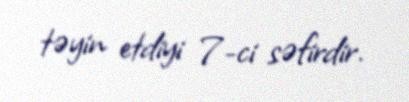
təyin etdiyi 7-ci səfirdir.